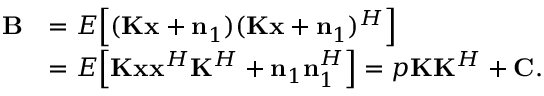
\begin{array} { r l } { \mathbf { B } } & { = E \Big [ ( \mathbf { K } \mathbf { x } + \mathbf { n } _ { 1 } ) ( \mathbf { K } \mathbf { x } + \mathbf { n } _ { 1 } ) ^ { H } \Big ] } \\ & { = E \Big [ \mathbf { K } \mathbf { x } \mathbf { x } ^ { H } \mathbf { K } ^ { H } + \mathbf { n } _ { 1 } \mathbf { n } _ { 1 } ^ { H } \Big ] = p \mathbf { K } \mathbf { K } ^ { H } + \mathbf { C } . } \end{array}